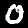
Label: 0